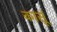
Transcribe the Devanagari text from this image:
कासूं